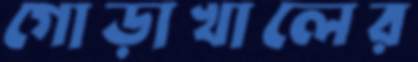
গোড়াখালের